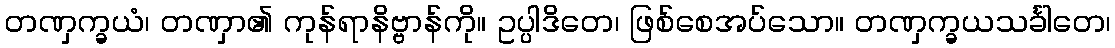
တဏှက္ခယံ၊ တဏှာ၏ ကုန်ရာနိဗ္ဗာန်ကို။ ဥပ္ပါဒိတေ၊ ဖြစ်စေအပ်သော။ တဏှက္ခယသင်္ခါတေ၊